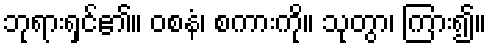
ဘုရားရှင်၏။ ဝစနံ၊ စကားကို။ သုတွာ၊ ကြား၍။